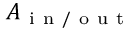
A _ { \mathrm { ~ i ~ n ~ / ~ o ~ u ~ t ~ } }